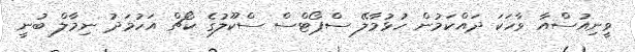
ވީނިއުސްއާ ވާހަކަ ދައްކަމުން ހުޅުމާލޭ ސްޕޯޓްސް ސްކޫލުގެ ކޯޗް އަހުމަދު ނިމާލް ބުނީ